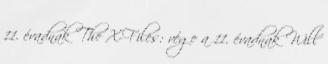
11. évadnak The X-Files: vége a 11. évadnak Will